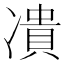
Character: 𭂟